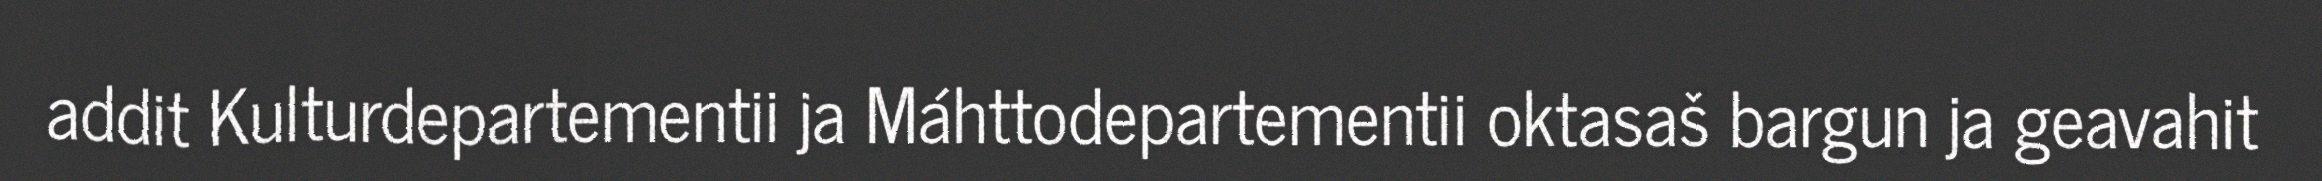
addit Kulturdepartementii ja Máhttodepartementii oktasaš bargun ja geavahit